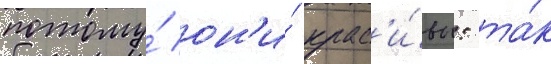
потому́ он'и́ крас'и́вы: та́к